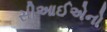
સીઆઈએનો